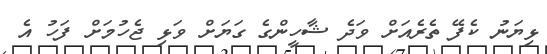
ޅިޔަނު ކެފޭ ތެރެއަށް ވަދެ ޝާހީންގެ ގަޔަށް ވަޅި ޖެހުމަށް ފަހު އެ